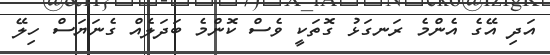
އަދި އޭގެ އެންމެ ރަނގަޅު ގޮތަކީ ވެސް ކޮންމެ ބަދަލެއް ގެނަޔަސް ހިލޭ